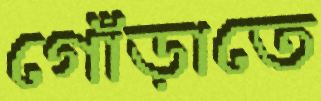
গোঁড়াতে